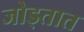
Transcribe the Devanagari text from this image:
जोड्तात